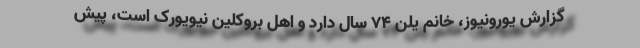
گزارش یورونیوز، خانم یلن ۷۴ سال دارد و اهل بروکلین نیویورک است، پیش